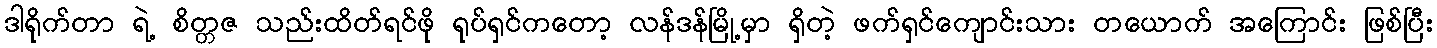
ဒါရိုက်တာ ရဲ့ စိတ္တဇ သည်းထိတ်ရင်ဖို ရုပ်ရှင်ကတော့ လန်ဒန်မြို့မှာ ရှိတဲ့ ဖက်ရှင်ကျောင်းသား တယောက် အကြောင်း ဖြစ်ပြီး